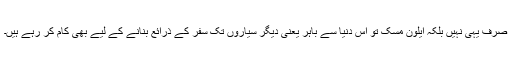
صرف یہی نہیں بلکہ ایلون مُسک تو اس دنیا سے باہر یعنی دیگر سیاروں تک سفر کے ذرائع بنانے کے لیے بھی کام کر رہے ہیں۔